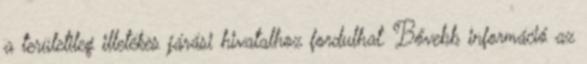
a területileg illetékes járási hivatalhoz fordulhat. Bővebb információ az